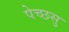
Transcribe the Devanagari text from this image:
पेच्छसु